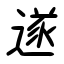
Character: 遂